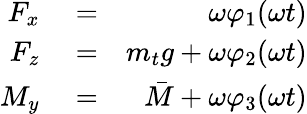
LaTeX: \begin{array}{rlr}{F_{x}}&{{}=}&{\omega\varphi_{1}(\omega t)}\\ {F_{z}}&{{}=}&{m_{t}g+\omega\varphi_{2}(\omega t)}\\ {M_{y}}&{{}=}&{\bar{M}+\omega\varphi_{3}(\omega t)}\end{array}